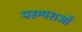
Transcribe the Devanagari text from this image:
परम्‍पराओं